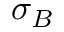
\sigma _ { B }